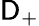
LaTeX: \mathsf{D}_{+}